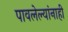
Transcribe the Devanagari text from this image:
पावलेल्यांनाही